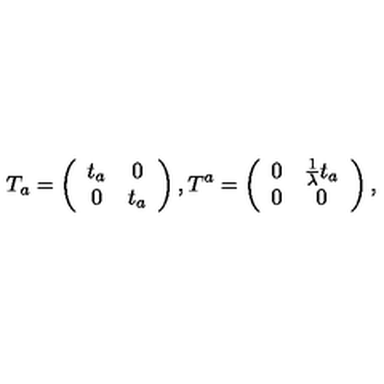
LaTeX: T _ { a } = \left( \begin{array} { c c } { t _ { a } } & { 0 } \\ { 0 } & { t _ { a } } \\ \end{array} \right) , T ^ { a } = \left( \begin{array} { c c } { 0 } & { \frac { 1 } { \lambda } t _ { a } } \\ { 0 } & { 0 } \\ \end{array} \right) ,